Civil Veterinary Department. Central Provinces & Berar 1932-41 - 1932-1941
Year: 1932
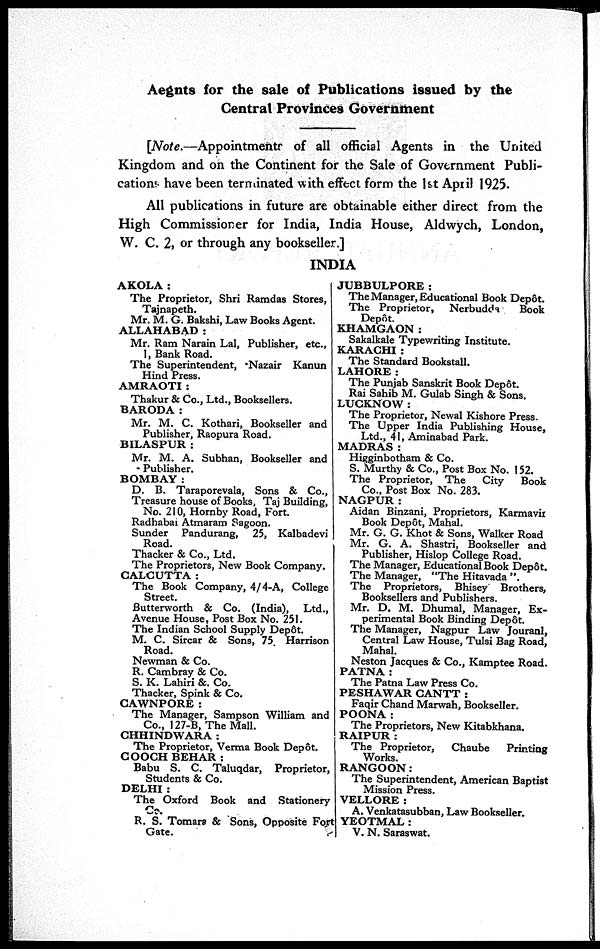
Aegnts for the sale of Publications issued by the
Central Provinces Government
[Note.—Appointments of all official Agents in the United
Kingdom and on the Continent for the Sale of Government Publi-
cations have been terminated with effect form the 1st April 1925.
All publications in future are obtainable either direct from the
High Commissioner for India, India House, Aldwych, London,
W. C. 2, or through any bookseller.]
INDIA
AKOLA:
The Proprietor, Shri Ramdas Stores,
Tajnapeth.
Mr. M. G. Bakshi, Law Books Agent.
ALLAHABAD:
Mr. Ram Narain Lal, Publisher, etc.,
1, Bank Road.
The Superintendent, Nazair Kanun
Hind Press.
AMRAOTI :
Thakur & Co., Ltd., Booksellers.
BARODA:
Mr. M. C. Kothari, Bookseller and
Publisher, Raopura Road.
BILASPUR :
Mr. M. A. Subhan, Bookseller and
Publisher.
BOMBAY :
D. B. Taraporevala, Sons & Co.,
Treasure house of Books, Taj Building,
No. 210, Hornby Road, Fort.
Radhabai Atmaram Sagoon.
Sunder Pandurang, 25, Kalbadevi
Road.
Thacker & Co., Ltd.
The Proprietors, New Book Company.
CALCUTTA:
The Book Company, 4/4-A, College
Street.
Butterworth & Co. (India), Ltd.,
Avenue House, Post Box No. 251.
The Indian School Supply Depôt.
M. C. Sircar & Sons, 75 Harrison
Road.
Newman & Co.
R. Cambray & Co.
S. K. Lahiri &. Co.
Thacker, Spink & Co.
CAWNPORE :
The Manager, Sampson William and
Co., 127-B, The Mall.
CHHINDWARA :
The Proprietor, Verma Book Depôt.
COOCH BEHAR :
Babu S. C. Taluqdar, Proprietor,
Students & Co.
DELHI :
The Oxford Book and Stationery
Co.
R. S. Tomars & Sons, Opposite Fort
Gate.
JUBBULPORE:
The Manager, Educational Book Depôt.
The Proprietor,
Nerbudda
Book
Depôt.
KHAMGAON :
Sakalkale Typewriting Institute.
KARACHI :
The Standard Bookstall.
LAHORE:
The Punjab Sanskrit Book Depôt.
Rai Sahib M. Gulab Singh & Sons.
LUCKNOW :
The Proprietor, Newal Kishore Press.
The Upper India Publishing House,
Ltd., 41, Aminabad Park.
MADRAS:
Higginbotham & Co.
S. Murthy & Co., Post Box No. 152.
The Proprietor, The
City
Book
Co., Post Box No. 283.
NAGPUR:
Aidan Binzani, Proprietors, Karmavir
Book Depôt, Mahal.
Mr. G. G. Khot & Sons, Walker Road
Mr. G. A. Shastri, Bookseller and
Publisher, Hislop College Road.
The Manager, Educational Book Depôt.
The Manager, "The Hitavada"
The Proprietors, Bhisey Brothers,
Booksellers and Publishers.
Mr. D. M. Dhumal, Manager, Ex-
perimental Book Binding Depôt.
The Manager, Nagpur Law Jouranl,
Central Law House, Tulsi Bag Road,
Mahal.
Neston Jacques & Co., Kamptee Road.
PATNA:
The Patna Law Press Co.
PESHAWAR CANTT :
Faqir Chand Marwah, Bookseller.
POONA:
The Proprietors, New Kitabkhana.
RAIPUR :
The Proprietor,
Chaube
Printing
Works.
RANGOON:
The Superintendent, American Baptist
Mission Press.
VELLORE :
A. Venkatasubban, Law Bookseller.
YEOTMAL :
V. N. Saraswat.